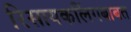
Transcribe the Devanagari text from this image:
रिसायकलिंगबाबत